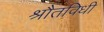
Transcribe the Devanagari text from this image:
श्रौतविधी